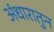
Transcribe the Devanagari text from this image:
अंधारातुन